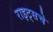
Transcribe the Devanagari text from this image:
राइट्सचे